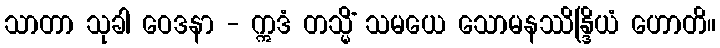
သာတာ သုခါ ဝေဒနာ - ဣဒံ တသ္မိံ သမယေ သောမနဿိန္ဒြိယံ ဟောတိ။